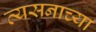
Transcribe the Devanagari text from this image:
व्यसनाच्या